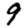
Digit: 9